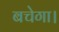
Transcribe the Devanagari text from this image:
बचेगा।